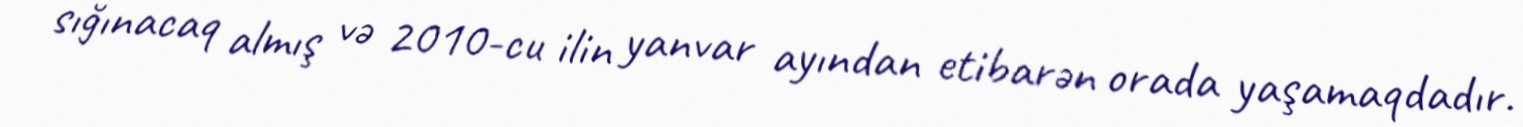
sığınacaq almış və 2010-cu ilin yanvar ayından etibarən orada yaşamaqdadır.